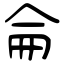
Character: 侖